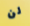
لن